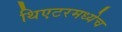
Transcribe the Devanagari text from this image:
थिएटरमध्येच